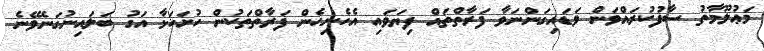
މަޢުލޫމާތު ސާފުކުރައްވަން ވަޑައިގަންނަވާ ފަރާތްތައް ފިޔަވައި އެހެނިހެން ފަރާތްތަކުން ހުށަހަޅާ އަގު ބަލައިނުގަނެވޭނެ